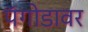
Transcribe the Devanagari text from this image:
पॅगोडावर